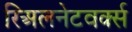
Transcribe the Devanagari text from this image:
रिअलनेटवर्क्स